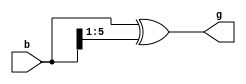
// Gray counter

module gray_count
(
	input   [5:0]   b,
  	output  [5:0]   g
);
  assign g = b ^ (b >> 1);

endmodule